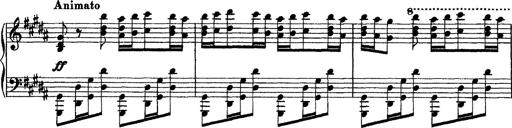
Title: Grandes Ã©tudes de Paganini
Composer: Franz Liszt